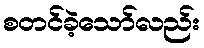
စတင်ခဲ့သော်လည်း